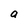
Character: a